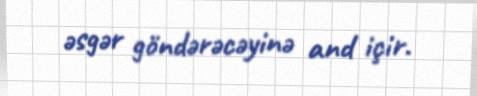
əsgər göndərəcəyinə and içir.